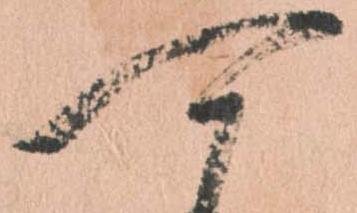
可